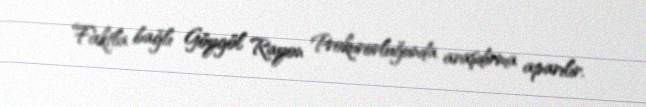
Faktla bağlı Göygöl Rayon Prokurorluğunda araşdırma aparılır.